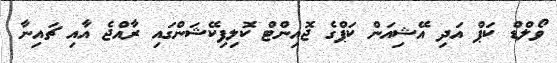
ވޯލްޑް ކަޕް އަދި އޭޝިއަން ކަޕްގެ ޖޮއިންޓް ކޮލިފިކޭޝަންގައި ރާއްޖެ އާއި ޗައިނާ